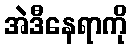
အဲဒီနေရာကို